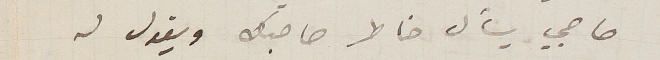
صاحبي يسأل خاطر صاحبك ويقول له